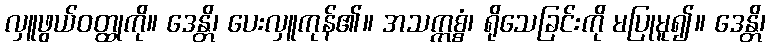
လှူဖွယ်ဝတ္ထုကို။ ဒေန္တိ၊ ပေးလှူကုန်၏။ အသက္ကစ္စံ၊ ရိုသေခြင်းကို မပြုမူ၍။ ဒေန္တိ၊